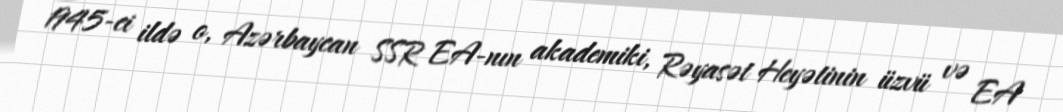
1945-ci ildə o, Azərbaycan SSR EA-nın akademiki, Rəyasət Heyətinin üzvü və EA